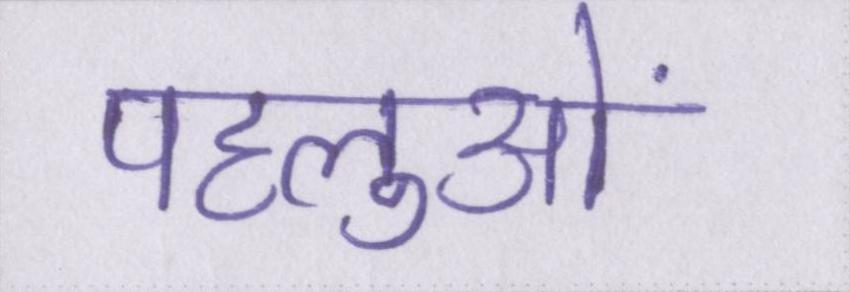
पहलुओं